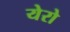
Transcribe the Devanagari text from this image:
येरो